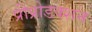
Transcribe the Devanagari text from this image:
प्रीप्रोडक्शन